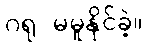
ဂရု မမူနိုင်ခဲ့။